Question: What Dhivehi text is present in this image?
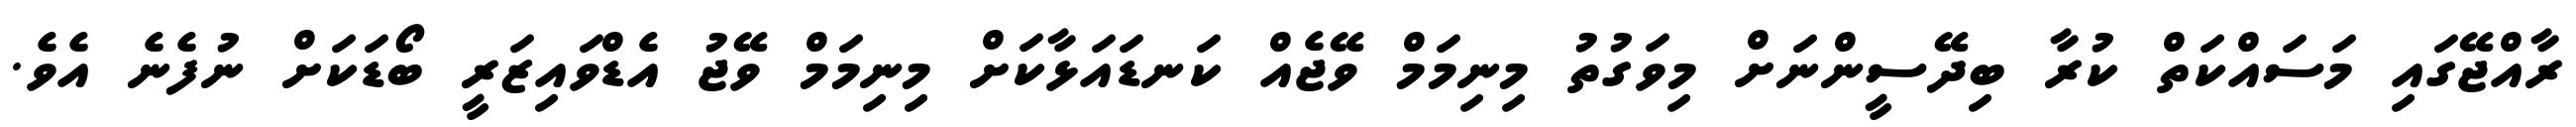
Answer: ރާއްޖޭގައި މަސައްކަތް ކުރާ ބިދޭސީންނަށް މިވަގުތު މިނިމަމް ވޭޖެއް ކަނޑައަޅާކަށް މިނިމަމް ވޭޖު އެޑްވައިޒަރީ ބޯޑަކަށް ނުފެނެ އެވެ.